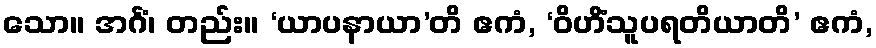
သော။ အင်္ဂံ၊ တည်း။ ‘ယာပနာယာ’တိ ဧကံ, ‘ဝိဟိံသူပရတိယာတိ’ ဧကံ,